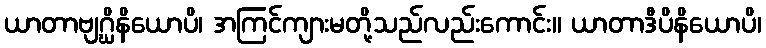
ယာတာဗျဂ္ဃိနိယောပိ၊ အကြင်ကျားမတို့သည်လည်းကောင်း။ ယာတာဒီပိနိယောပိ၊